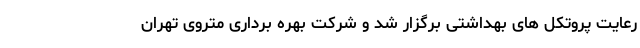
رعایت پروتکل های بهداشتی برگزار شد و شرکت بهره برداری متروی تهران